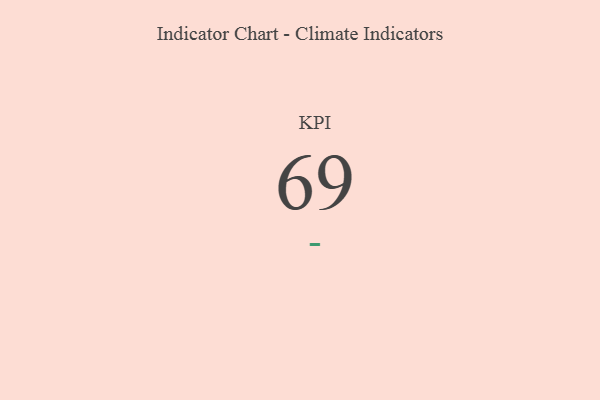
{"axis": {"x": "KPI", "y": "Value"}, "legend": [""], "data": [{"x": "KPI", "y": 69, "type": ""}]}